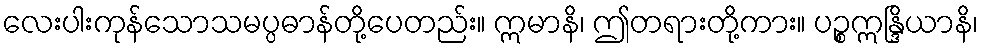
လေးပါးကုန်သောသမပ္ပဓာန်တို့ပေတည်း။ ဣမာနိ၊ ဤတရားတို့ကား။ ပဉ္စဣန္ဒြိယာနိ၊